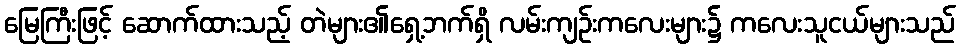
မြေကြီးဖြင့် ဆောက်ထားသည့် တဲများ၏ရှေ့ဘက်ရှိ လမ်းကျဉ်းကလေးများ၌ ကလေးသူငယ်များသည်